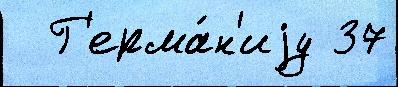
  Г'ерма́н'иjу 37